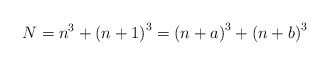
\begin{align*}N=n^{3}+\left(n+1\right)^{3}=\left(n+a\right)^{3}+\left(n+b\right)^{3}\end{align*}